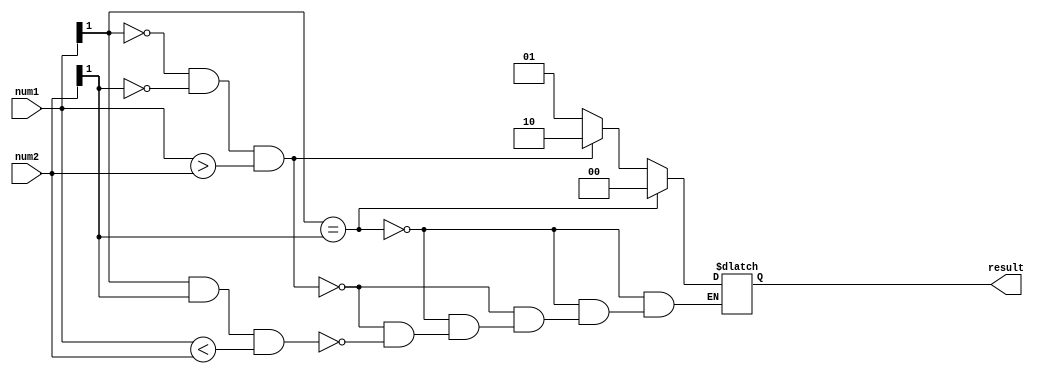
module signed_magnitude_comparator (
    input signed[1:0] num1,
    input signed[1:0] num2,
    output reg[1:0] result
);

assign sign_eq = (num1[1] == num2[1]);
assign mag_gt = (num1[1] == 0 && num2[1] == 0 && num1 > num2);
assign mag_lt = (num1[1] == 1 && num2[1] == 1 && num1 < num2);

always @(*) begin
    if (sign_eq)
        result = 2'b00;
    else if (mag_gt)
        result = 2'b10;
    else if (mag_lt)
        result = 2'b01;
end

endmodule